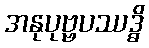
အနုပုဗ္ဗပဿဒ္ဓိ